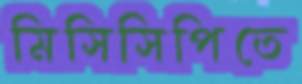
মিসিসিপিতে